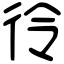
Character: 彾